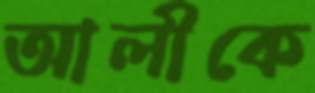
আলীকে